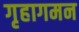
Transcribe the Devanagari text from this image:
गृहागमन